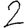
Digit: 2